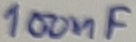
Text: 100nF